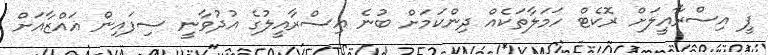
ޕީ އިސްރާއީލަށް ރޮކެޓް ހަމަލާތަކެއް ދިންކަމަށް ބުނެ އިސްރާއީލުގެ އުދުވާނީ ސިފައިން ޣައްޒާއަށް